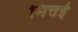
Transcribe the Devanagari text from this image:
मित्तई